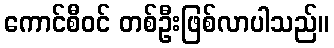
ကောင်စီဝင် တစ်ဦးဖြစ်လာပါသည်။